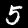
Label: 5